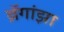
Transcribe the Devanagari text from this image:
ब्रॅगांझा